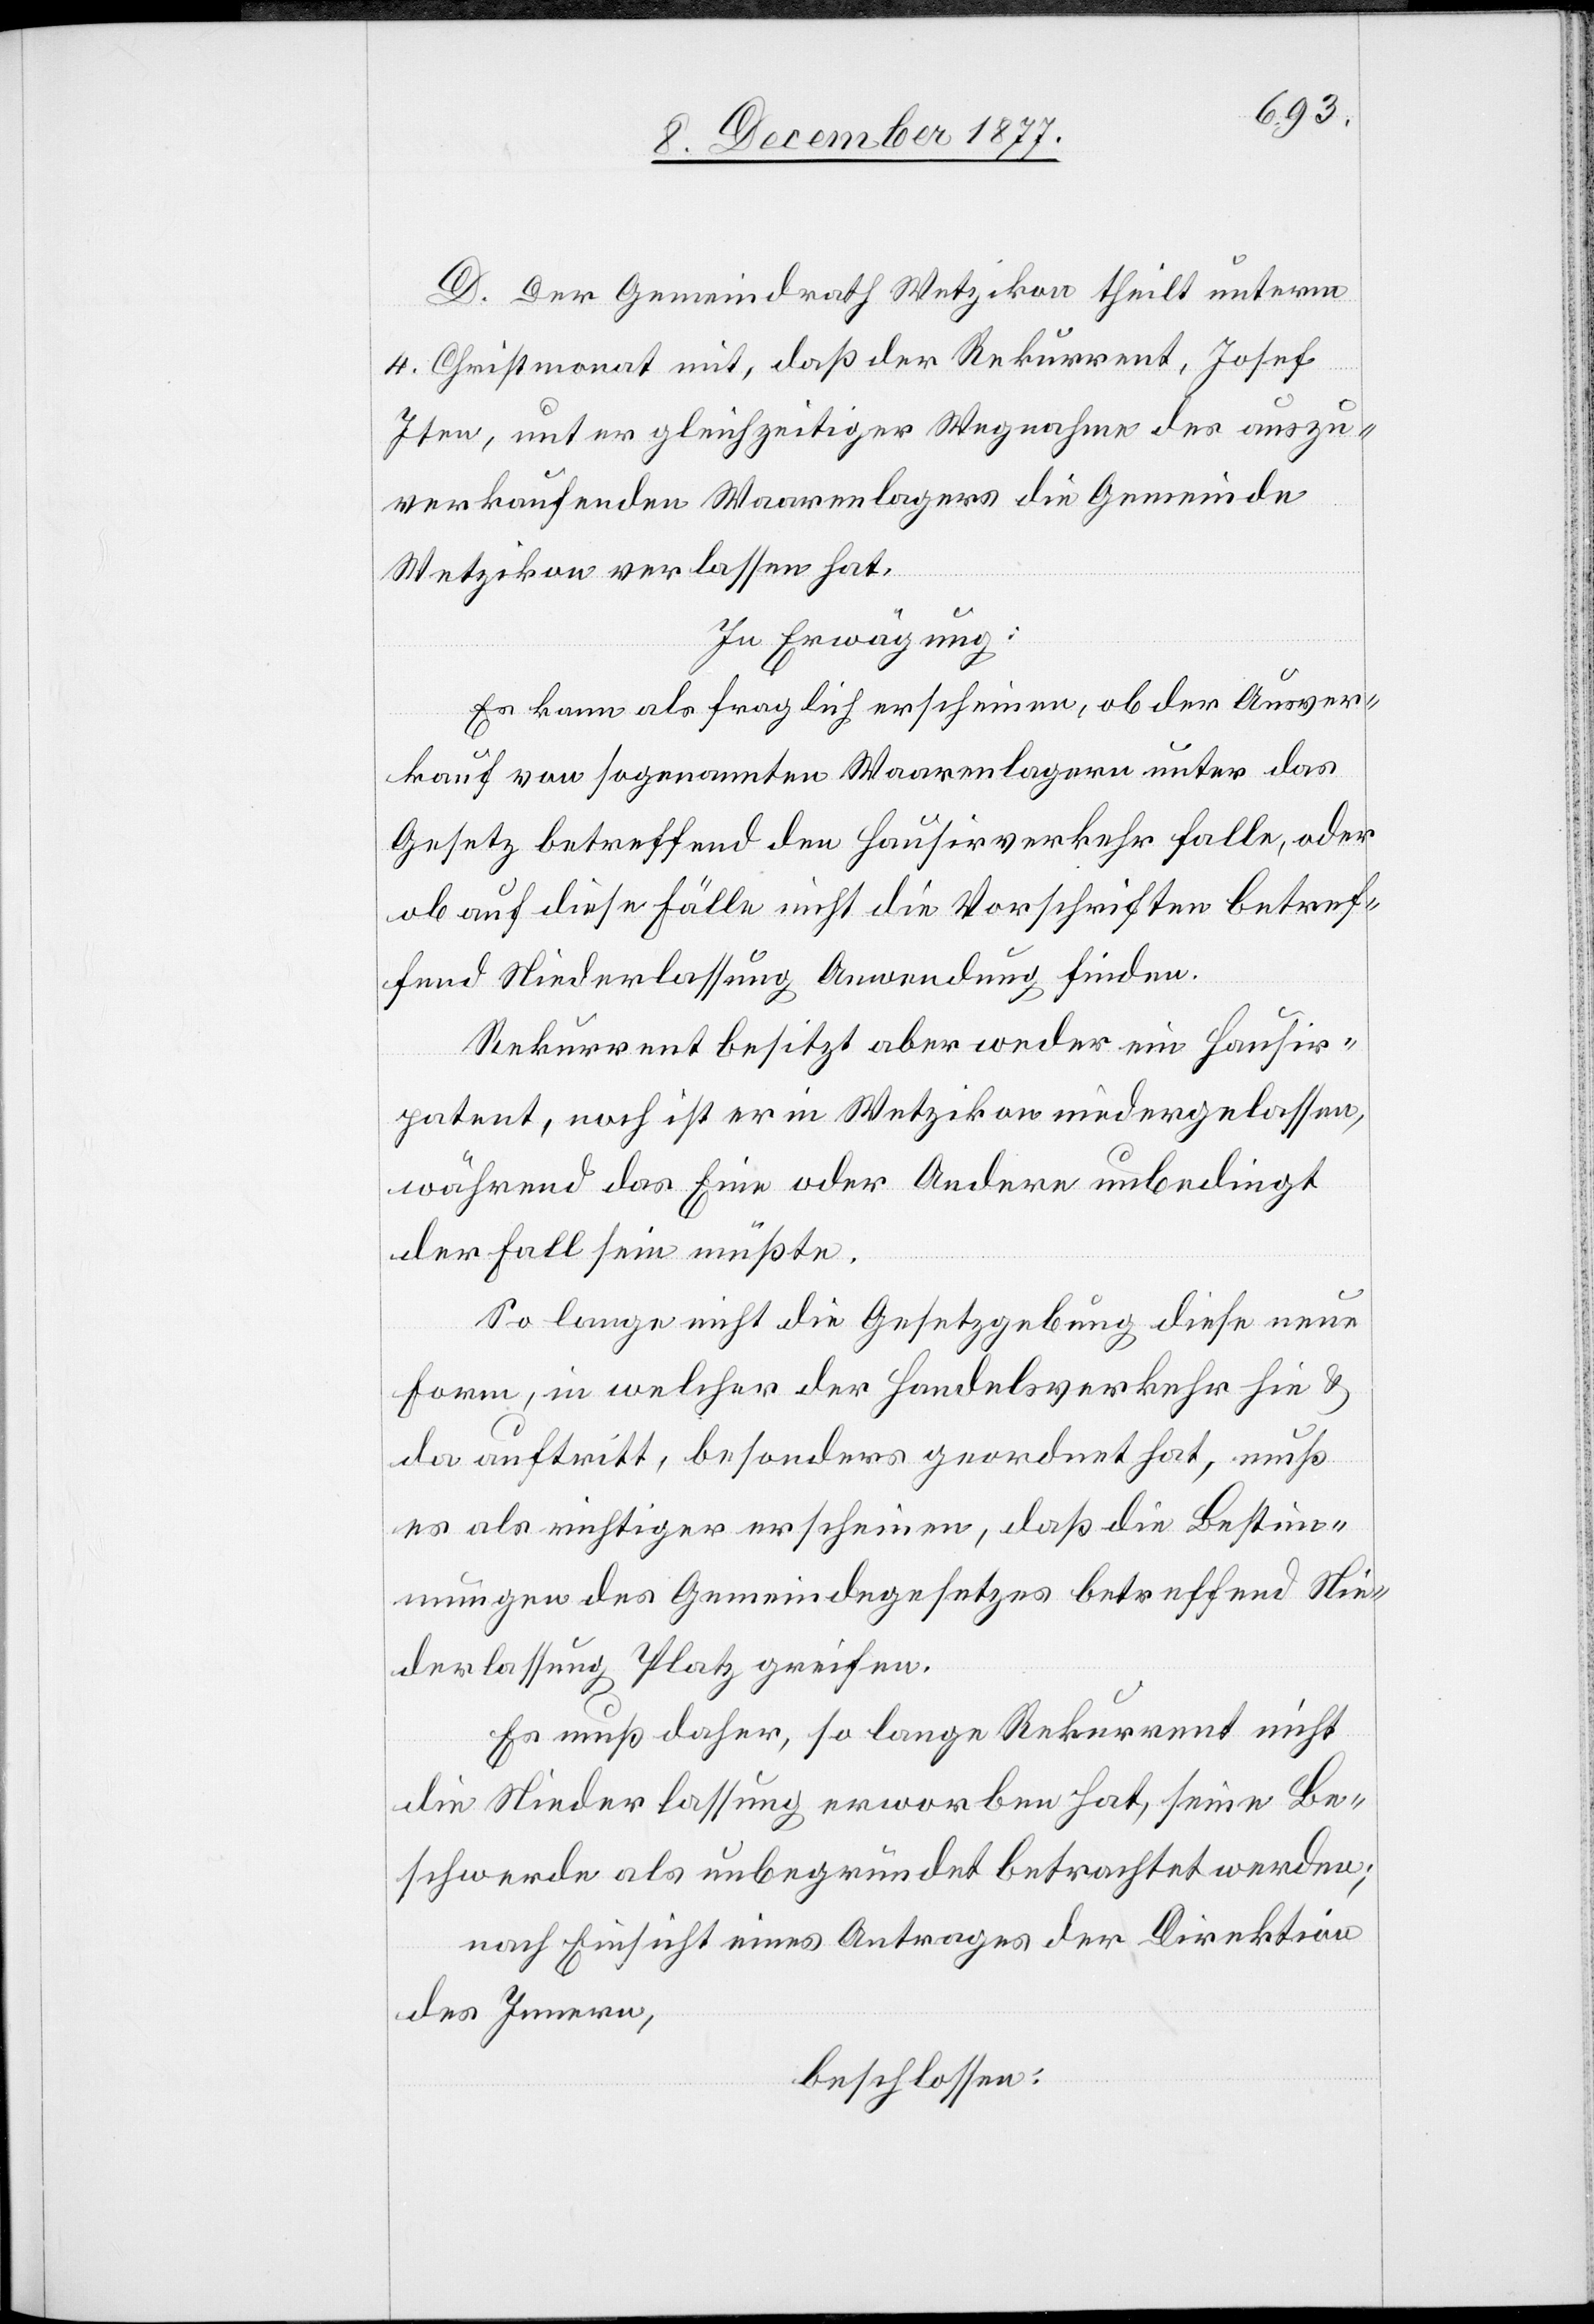
D. Der Gemeindrath Wetzikon theilt unterm
4. Christmonat mit, daß der Rekurrent, Josef
Iten, unter gleichzeitiger Wegnahme des auszu¬
verkaufenden Waarenlagers die Gemeinde
Wetzikon verlassen hat.
In Erwägung:
Es kann als fraglich erscheinen, ob der Ausver¬
kauf von sogenannten Waarenlagern unter das
Gesetz betreffend den Hausirverkehr falle, oder
ob auf diese Fälle nicht die Vorschriften betref¬
fend Niederlassung Anwendung finden.
Rekurrent besitzt aber weder ein Hausir¬
patent, noch ist er in Wetzikon niedergelassen,
während das Eine oder Andere unbedingt
der Fall sein müßte.
So lange nicht die Gesetzgebung diese neue
Form, in welcher der Handelsverkehr hie &
da auftritt, besonders geordnet hat, muß
es als richtiger erscheinen, daß die Bestim¬
mungen des Gemeindegesetzes betreffend Nie¬
derlassung Platz greifen.
Es muß daher, so lange Rekurrent nicht
die Niederlassung erworben hat, seine Be¬
schwerde als unbegründet betrachtet werden;
nach Einsicht eines Antrages der Direktion
des Innern,
beschlossen: